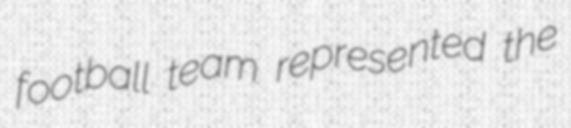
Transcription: football team represented the